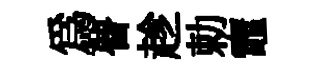
爲瞢趁勅竈